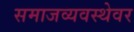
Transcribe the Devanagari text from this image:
समाजव्यवस्थेवर